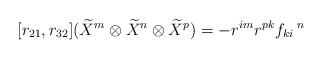
\begin{align*}[r_{21},r_{32}](\widetilde{X}^{m}\otimes \widetilde{X}^{n}\otimes \widetilde{X}^{p})=-r^{im}r^{pk}f_{ki}\,^{n}\end{align*}